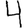
Digit: 4